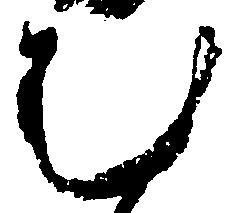
む